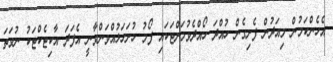
އެހެންކަމުން މިއަދުން ފެށިގެން ހުއްދަ ހޯއްދެވުމަށްޓަކައި ފޯމު ހުށަހަޅުއްވަންވާނީ އެފަދަ އާކިޓެކްޓަކު ނުވަތަ